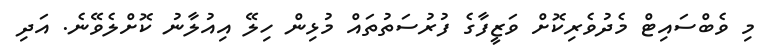
މި ވެބްސައިޓް މެދުވެރިކޮށް ވަޒީފާގެ ފުރުސަތުތައް މުޅިން ހިލޭ އިއުލާނު ކޮށްލެވޭނެ. އަދި